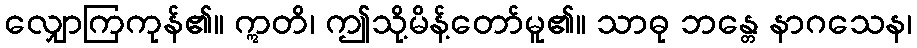
လျှောကြကုန်၏။ ဣတိ၊ ဤသို့မိန့်တော်မူ၏။ သာဓု ဘန္တေ နာဂသေန၊